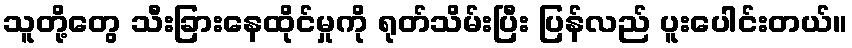
သူတို့တွေ သီးခြားနေထိုင်မှုကို ရုတ်သိမ်းပြီး ပြန်လည် ပူးပေါင်းတယ်။